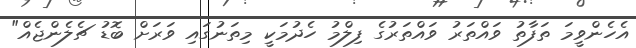
އެހެންވީމަ ތަފާތު ވައްތަރު ވައްތަރުގެ ފިލްމު ހެދުމަކީ މިތަނުގައި ވަރަށް ބޮޑު ޗެލެންޖެއް"